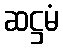
ဆဋ္ဌမံ